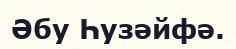
Әбу Һузәйфә.